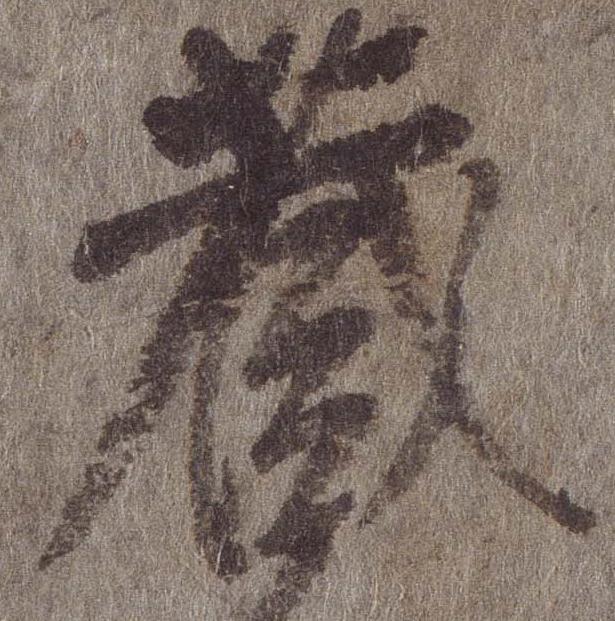
蔵